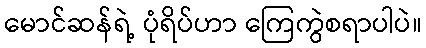
မောင်ဆန်ရဲ့ ပုံရိပ်ဟာ ကြေကွဲစရာပါပဲ။